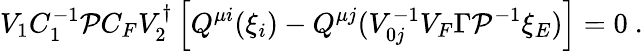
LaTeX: V_{1}C_{1}^{-1}{\cal P}C_{F}V_{2}^{\dagger}\left[Q^{\mu i}(\xi_{i})-Q^{\mu j}(V_{0j}^{-1}V_{F}\Gamma{\cal P}^{-1}\xi_{E})\right]=0\ .